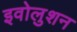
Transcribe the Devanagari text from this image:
इवोलुशन